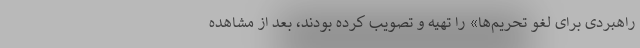
راهبردی برای لغو تحریم‌ها» را تهیه و تصویب کرده بودند، بعد از مشاهده